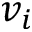
v _ { i }